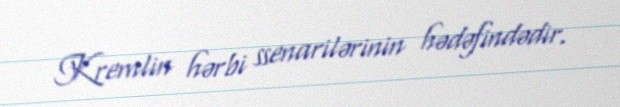
Kremlin hərbi ssenarilərinin hədəfindədir.